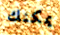
يمكنك